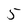
Character: 5